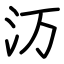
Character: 𬇕